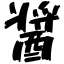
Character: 醤